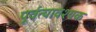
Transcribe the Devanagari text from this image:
पूर्वत्यावश्यक